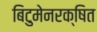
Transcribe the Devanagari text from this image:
बिटुमेनरक्षित